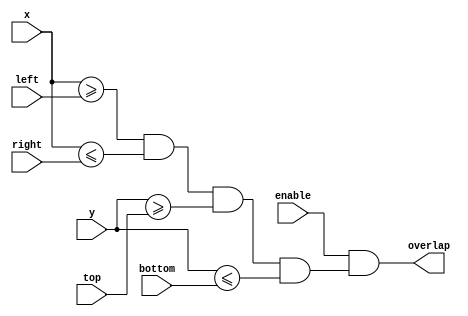
module overlap (output overlap, input enable, input [9:0] x, y, left, right, top, bottom);
	assign overlap = enable && (x >= left && x <= right && y >= top && y <= bottom);
endmodule